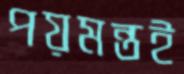
পয়মন্তই